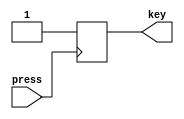
`timescale 1ns/1ns

module key_model(press,key);
	
	input press;
	output reg key;
	
	reg [15:0]myrand;
	
	initial begin
		key = 1'b1;		
	end
	
	always@(posedge press)
		press_key;
		
	
	task press_key;
		begin
			repeat(50)begin
				myrand = {$random}%65536;//0~65535;
				#myrand key = ~key;			
			end
			key = 0;
			#25000000;
			
			repeat(50)begin
				myrand = {$random}%65536;//0~65535;
				#myrand key = ~key;			
			end
			key = 1;
			#25000000;		
		end	
	endtask

endmodule